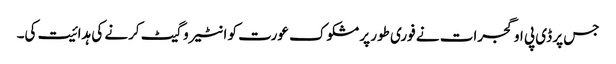
جس پر ڈی پی او گجرات نے فوری طور پر مشکوک عورت کو انٹیروگیٹ کرنے کی ہدائیت کی۔